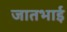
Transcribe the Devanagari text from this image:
जातभाई